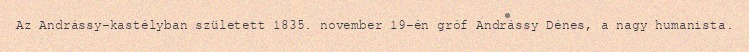
Az Andrássy-kastélyban született 1835. november 19-én gróf Andrássy Dénes, a nagy humanista.